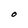
Character: O